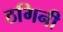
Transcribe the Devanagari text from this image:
ठगिनी